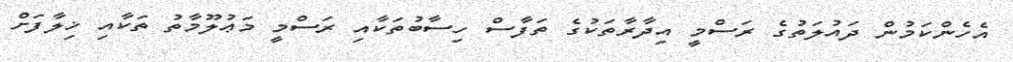
އެހެންކަމުން ދައުލަތުގެ ރަސްމީ އިދާރާތަކުގެ ތަފާސް ހިސާބުތަކާއި ރަސްމީ މަޢުލޫމާތު ތަކާއި ޚިލާފަށް